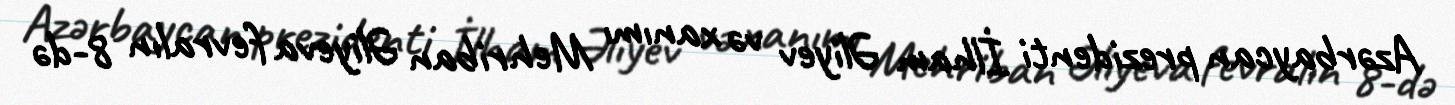
Azərbaycan prezidenti İlham Əliyev və xanımı Mehriban Əliyeva fevralın 8-də